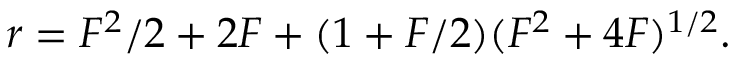
r = F ^ { 2 } / 2 + 2 F + ( 1 + F / 2 ) ( F ^ { 2 } + 4 F ) ^ { 1 / 2 } .